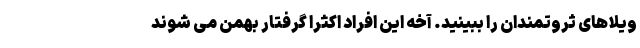
ویلاهای ثروتمندان را ببینید. آخه این افراد اکثرا گرفتار بهمن می شوند